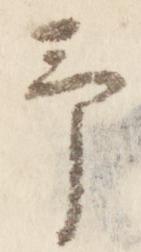
予